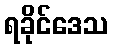
ရခိုင်ဒေသ